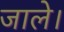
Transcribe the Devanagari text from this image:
जाले।